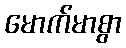
မောက်မာစွာ